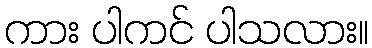
ကား ပါကင် ပါသလား။